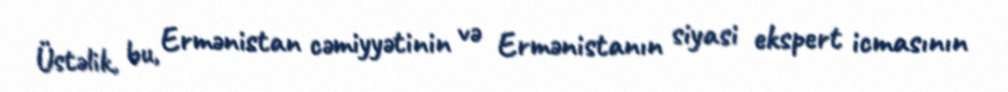
Üstəlik, bu, Ermənistan cəmiyyətinin və Ermənistanın siyasi ekspert icmasının